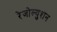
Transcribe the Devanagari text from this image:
रेजोल्युशन